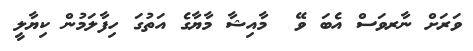
ވަރަށް ނާރވަސް އެބަ ވޭ  މާއިޝާ މާޔާގެ އަތުގަ ހިފާލަމުން ކިޔާލީ